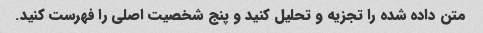
متن داده شده را تجزیه و تحلیل کنید و پنج شخصیت اصلی را فهرست کنید.